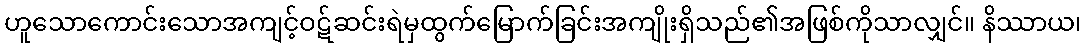
ဟူသောကောင်းသောအကျင့်ဝဋ်ဆင်းရဲမှထွက်မြောက်ခြင်းအကျိုးရှိသည်၏အဖြစ်ကိုသာလျှင်။ နိဿာယ၊